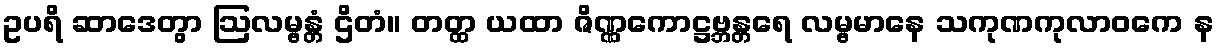
ဥပရိ ဆာဒေတွာ ဩလမ္ဗန္တံ ဌိတံ။ တတ္ထ ယထာ ဇိဏ္ဏကောဋ္ဌဗ္ဘန္တရေ လမ္ဗမာနေ သကုဏကုလာဝကေ န